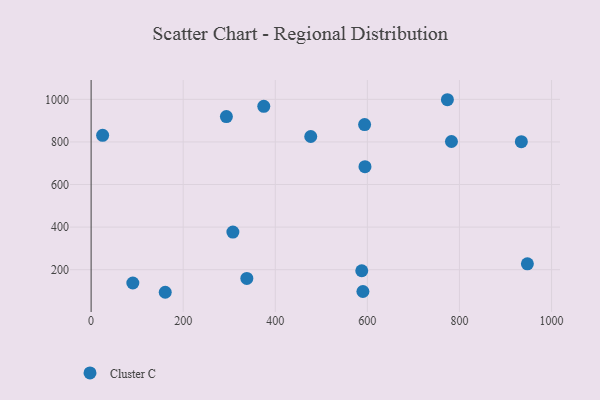
{"axis": {"x": "Price", "y": "Rating"}, "legend": ["Cluster C"], "data": [{"x": "934.4", "y": 801.3, "type": "Cluster C"}, {"x": "590.3", "y": 97.6, "type": "Cluster C"}, {"x": "307.9", "y": 376.5, "type": "Cluster C"}, {"x": "477.0", "y": 825.4, "type": "Cluster C"}, {"x": "338.2", "y": 159.0, "type": "Cluster C"}, {"x": "293.8", "y": 919.2, "type": "Cluster C"}, {"x": "773.8", "y": 998.2, "type": "Cluster C"}, {"x": "90.6", "y": 137.5, "type": "Cluster C"}, {"x": "782.6", "y": 801.9, "type": "Cluster C"}, {"x": "375.0", "y": 967.0, "type": "Cluster C"}, {"x": "594.0", "y": 881.4, "type": "Cluster C"}, {"x": "947.5", "y": 227.4, "type": "Cluster C"}, {"x": "594.8", "y": 683.9, "type": "Cluster C"}, {"x": "587.8", "y": 194.9, "type": "Cluster C"}, {"x": "25.0", "y": 830.9, "type": "Cluster C"}, {"x": "161.0", "y": 93.9, "type": "Cluster C"}]}